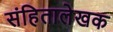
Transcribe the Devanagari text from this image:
संहितालेखक